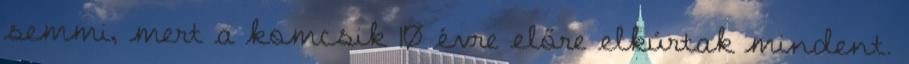
semmi, mert a komcsik 10 évre előre elkúrtak mindent.